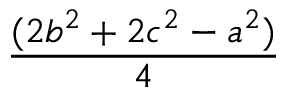
\frac { ( 2 b ^ { 2 } + 2 c ^ { 2 } - a ^ { 2 } ) } { 4 }